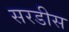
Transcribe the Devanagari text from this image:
सरडीस